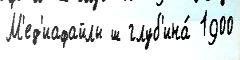
М'ед'иафайлы ш глуб'ина́ 1900